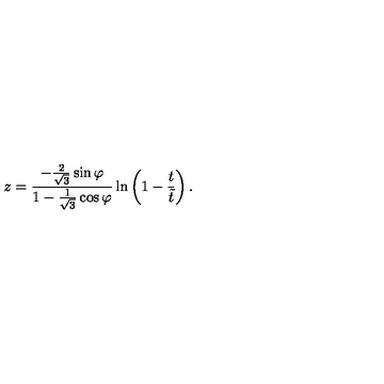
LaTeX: z = \frac { - \frac { 2 } { \sqrt { 3 } } \sin { \varphi } } { 1 - \frac { 1 } { \sqrt { 3 } } \cos { \varphi } } \ln \left( 1 - \frac { t } { \tilde { t } } \right) .